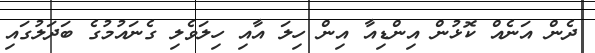
ދެން އަނެއް ކޮޅުން އިންޑިއާ އިން ހިލަ އާއި ހިލަވެލި ގެނައުމުގެ ބަދަލުގައި